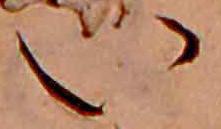
い